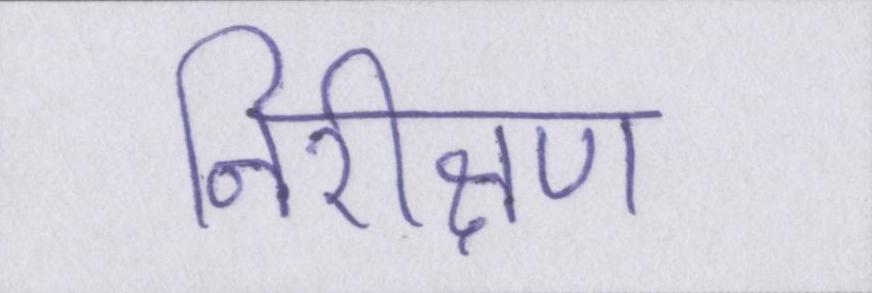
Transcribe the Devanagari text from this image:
निरीक्षण